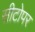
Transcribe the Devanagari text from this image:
सीटोपर